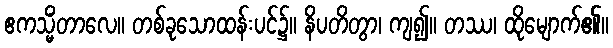
ဧကသ္မိံတာလေ။ တစ်ခုသောထန်းပင်၌။ နိပတိတွာ၊ ကျ၍။ တဿ၊ ထိုမျောက်၏။